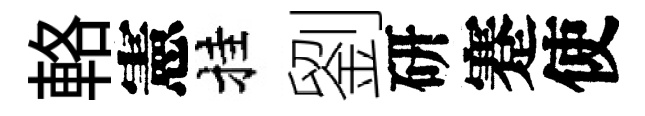
輅憲挂劉研蹇使